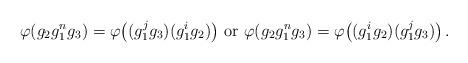
LaTeX: \begin{align*} \varphi (g_2 g^{n}_1 g_3) = \varphi \big( (g^{j}_1g_3) (g^{i}_1 g_2) \big) \mbox{ or } \varphi (g_2 g^{n}_1 g_3) = \varphi \big( (g^{i}_1 g_2) (g^{j}_1 g_3) \big) \,.\end{align*}